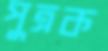
পুত্রক